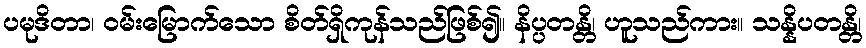
ပမုဒိတာ၊ ဝမ်းမြောက်သော စိတ်ရှိကုန်သည်ဖြစ်၍။ နိပ္ပတန္တိ၊ ဟူသည်ကား။ သန္နိပတန္တိ၊